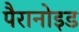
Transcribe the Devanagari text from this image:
पैरानोइड